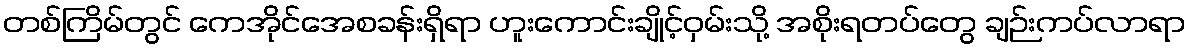
တစ်ကြိမ်တွင် ကေအိုင်အေစခန်းရှိရာ ဟူးကောင်းချိုင့်ဝှမ်းသို့ အစိုးရတပ်တွေ ချဉ်းကပ်လာရာ